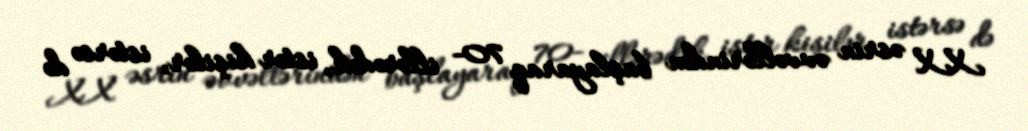
XX əsrin əvvəllərindən başlayaraq 70- illərədək, istər kişilər, istərsə də